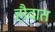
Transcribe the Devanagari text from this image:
हौदात